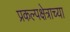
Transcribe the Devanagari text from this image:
प्रकल्पक्षेत्राच्या